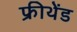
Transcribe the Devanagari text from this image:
फ्रीथेंड